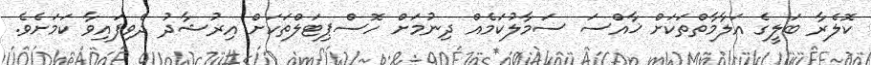
ކޮލެރާ ބަލީގެ އަލާމާތްތަކަށް ޚާއްސަ ސަމާލުކަމެއް ދިނުމަށް ހޮސްޕިޓަލްތަކަށް އިރުޝާދު ދެވިފައިވާ ކަމަށެވެ.